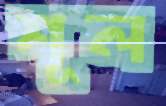
শূল